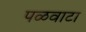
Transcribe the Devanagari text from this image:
पळवाटा